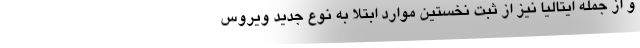
و از جمله ایتالیا نیز از ثبت نخستین موارد ابتلا به نوع جدید ویروس